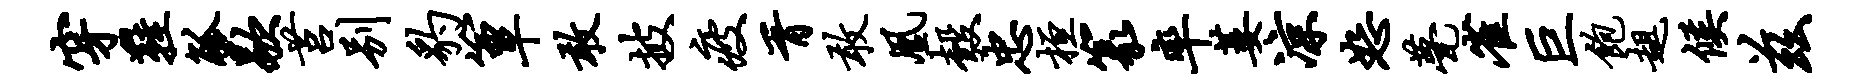
穿鞋觚歇莒别豹簟敢披疲胥敢凰彀忠桓篆率萎凉恕甍雀巨饱趄候兹